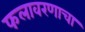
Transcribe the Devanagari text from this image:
फलावरणाचा